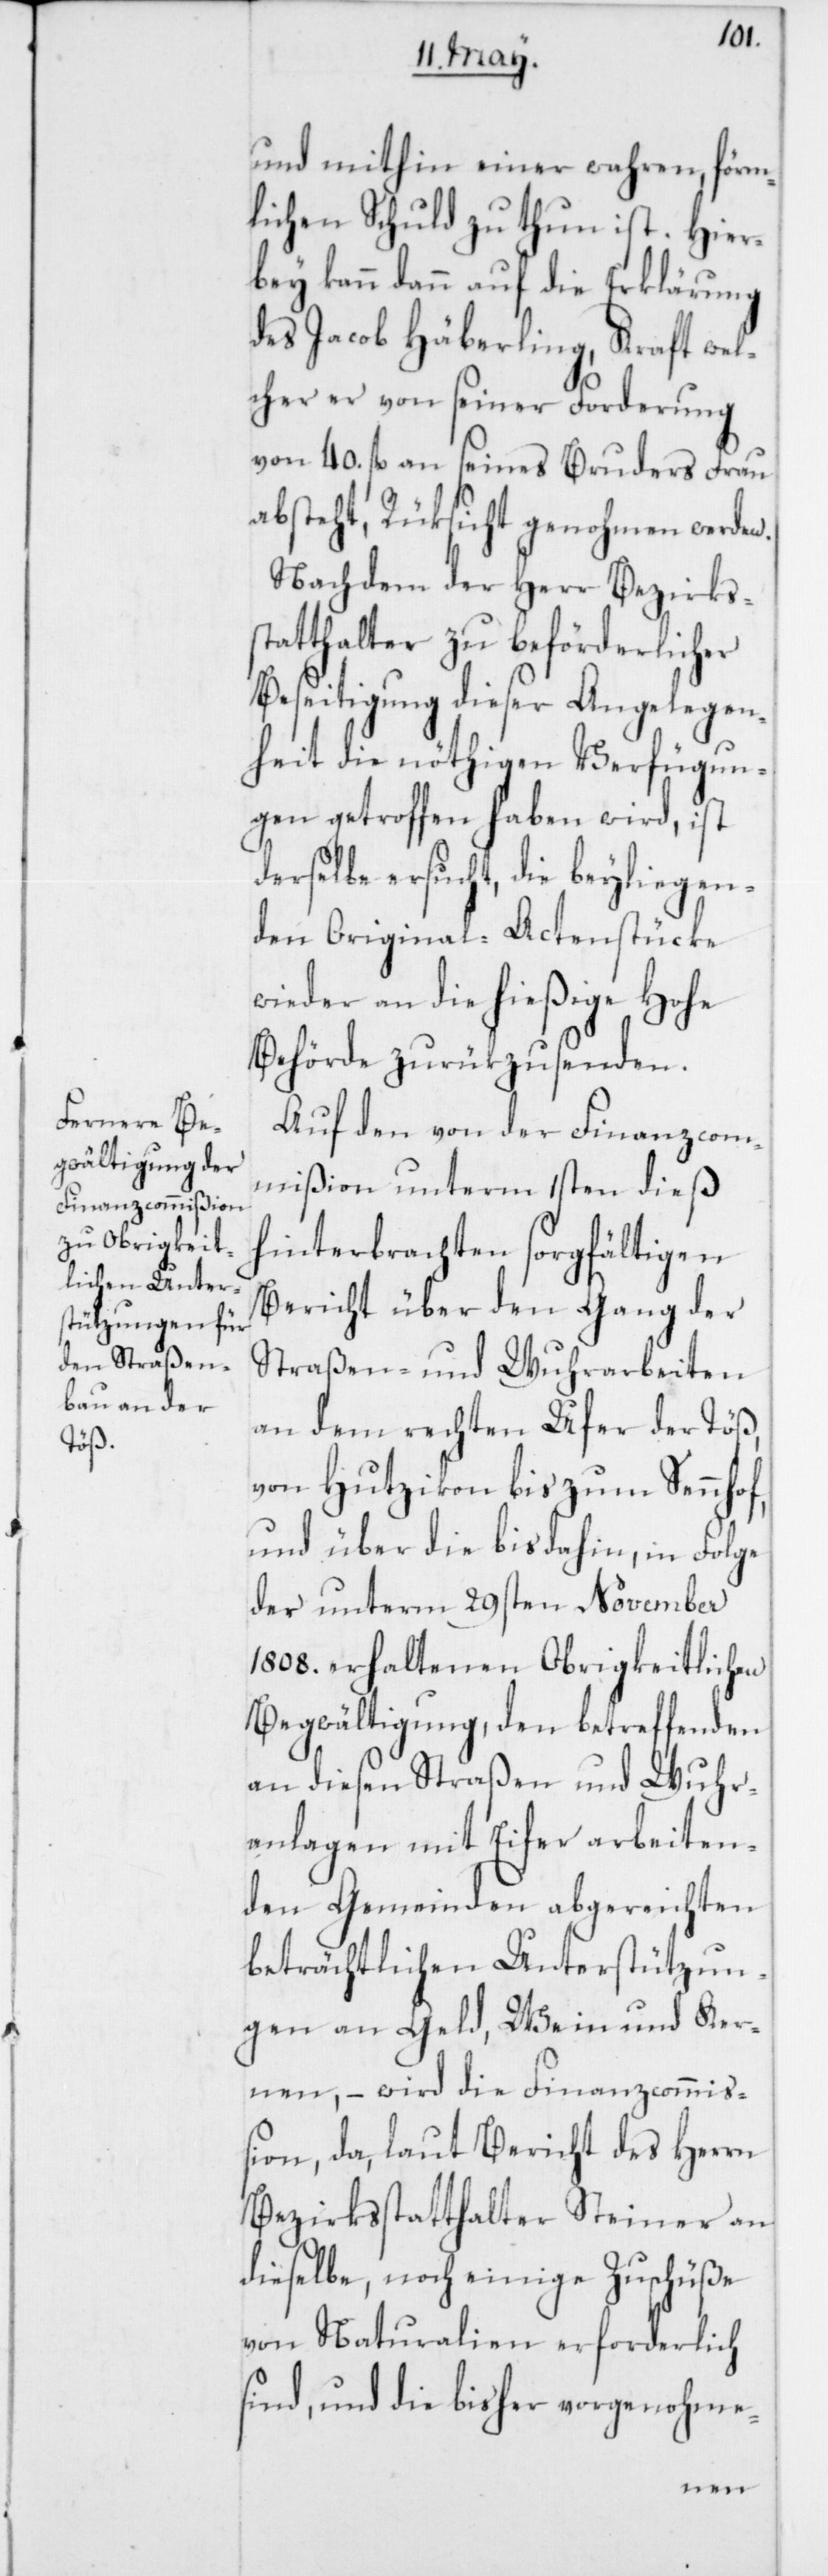
und mithin einer wahren, förm¬
lichen Schuld zu thun ist. Hier¬
bey kann dann auf die Erklärung
des Jacob Häberling, Kraft wel¬
cher er von seiner Forderung
von 40. fl. an seines Bruders Frau
absteht, Rüksicht genohmen werden.
Nachdem der Herr Bezirkss¬
tatthalter zu beförderlicher
Beseitigung dieser Angelegen¬
heit die nöthigen Verfügun¬
gen getroffen haben wird, ist
derselbe ersucht, die beyliegen¬
den Original-Actenstücke
wieder an die hießige Hohe
Behörde zurükzusenden.
Auf den von der Finanzcom¬
mißion unterm 1sten dieß
hinterbrachten sorgfältigen
Bericht über den Gang der
Straßen- und Wuhrarbeiten
an dem rechten Ufer der Töß,
von Hutzikon bis zum Sennhof,
und über die bis dahin, in Folge
der unterm 29sten November
1808. erhaltenen Obrigkeitlichen
Begwältigung, den betreffenden
an diesen Straßen und Wuhr¬
anlagen mit Eifer arbeiten¬
den Gemeinden abgereichten
beträchtlichen Unterstützun¬
gen an Geld, Wein und Ker¬
nen, – wird die Finanzcommiß¬
ion, da laut Bericht des Herrn
Bezirksstatthalter Steiner an
dieselbe, noch einige Zuschüße
von Naturalien erforderlich
sind, und die bisher vorgenohme-